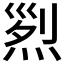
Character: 𤉩